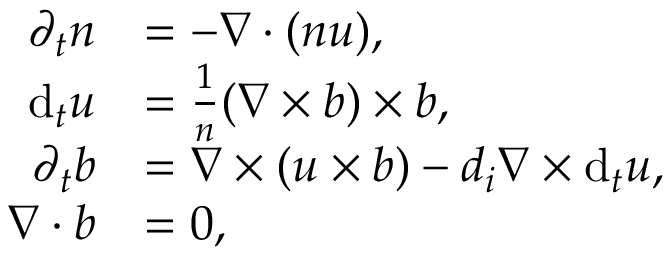
\begin{array} { r l } { \partial _ { t } n } & { = - \nabla \cdot ( n \boldsymbol { u } ) , } \\ { \mathrm { d } _ { t } \boldsymbol { u } } & { = \frac { 1 } { n } ( \nabla \times \boldsymbol { b } ) \times \boldsymbol { b } , } \\ { \partial _ { t } \boldsymbol { b } } & { = \nabla \times ( \boldsymbol { u } \times \boldsymbol { b } ) - d _ { i } \nabla \times \mathrm { d } _ { t } \boldsymbol { u } , } \\ { \nabla \cdot \boldsymbol { b } } & { = 0 , } \end{array}